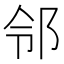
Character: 邻